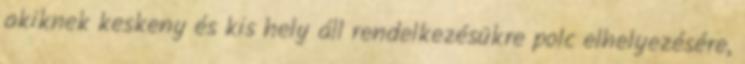
akiknek keskeny és kis hely áll rendelkezésükre polc elhelyezésére,